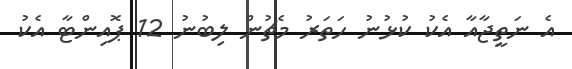
އެ ނަތީޖާއާ އެކު ކުޅުނު ހަތަރު މެޗުން ލިބުނު 12 ޕޮއިންޓާ އެކު